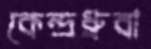
কেন্দ্রধ্রুবা